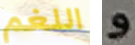
اللغم و